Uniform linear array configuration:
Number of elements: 16
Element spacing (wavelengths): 0.75
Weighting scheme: uniform
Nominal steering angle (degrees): -15
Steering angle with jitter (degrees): -16.706
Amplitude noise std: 0.05
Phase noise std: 0.05

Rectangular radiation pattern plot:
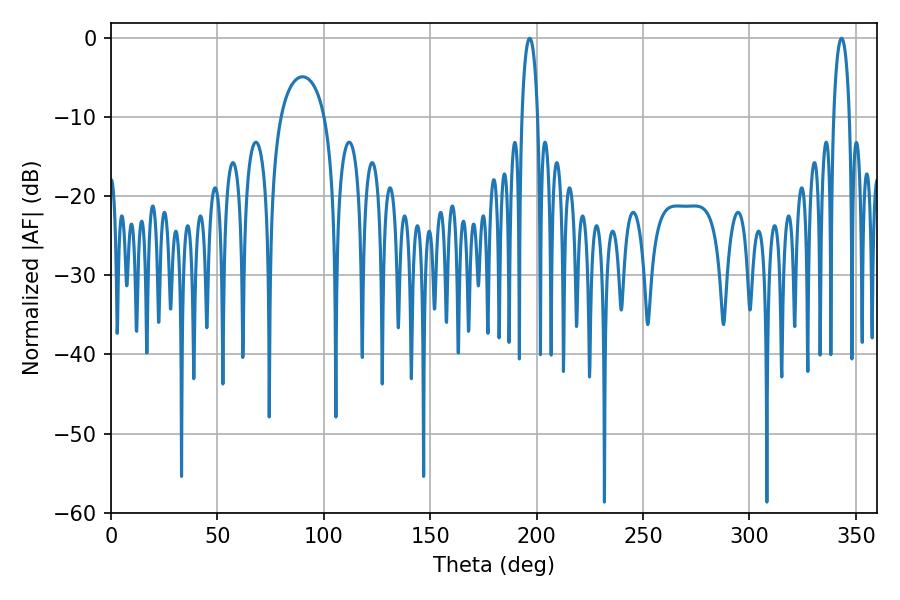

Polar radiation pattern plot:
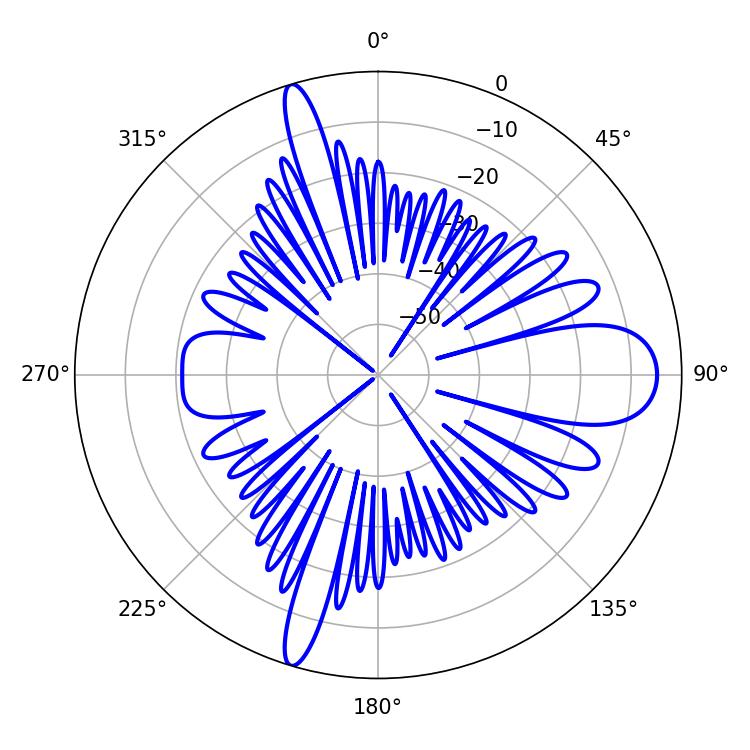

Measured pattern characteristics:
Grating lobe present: TRUE
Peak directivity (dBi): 15.814
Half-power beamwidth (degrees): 4.32
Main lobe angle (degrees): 196.74